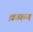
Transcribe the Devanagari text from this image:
क़फ़न